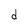
Character: d